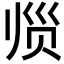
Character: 𲃀